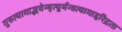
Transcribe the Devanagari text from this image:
गुरुत्यागाद्भवेन्मृत्युर्मन्त्रत्यागाद्दरिद्रता